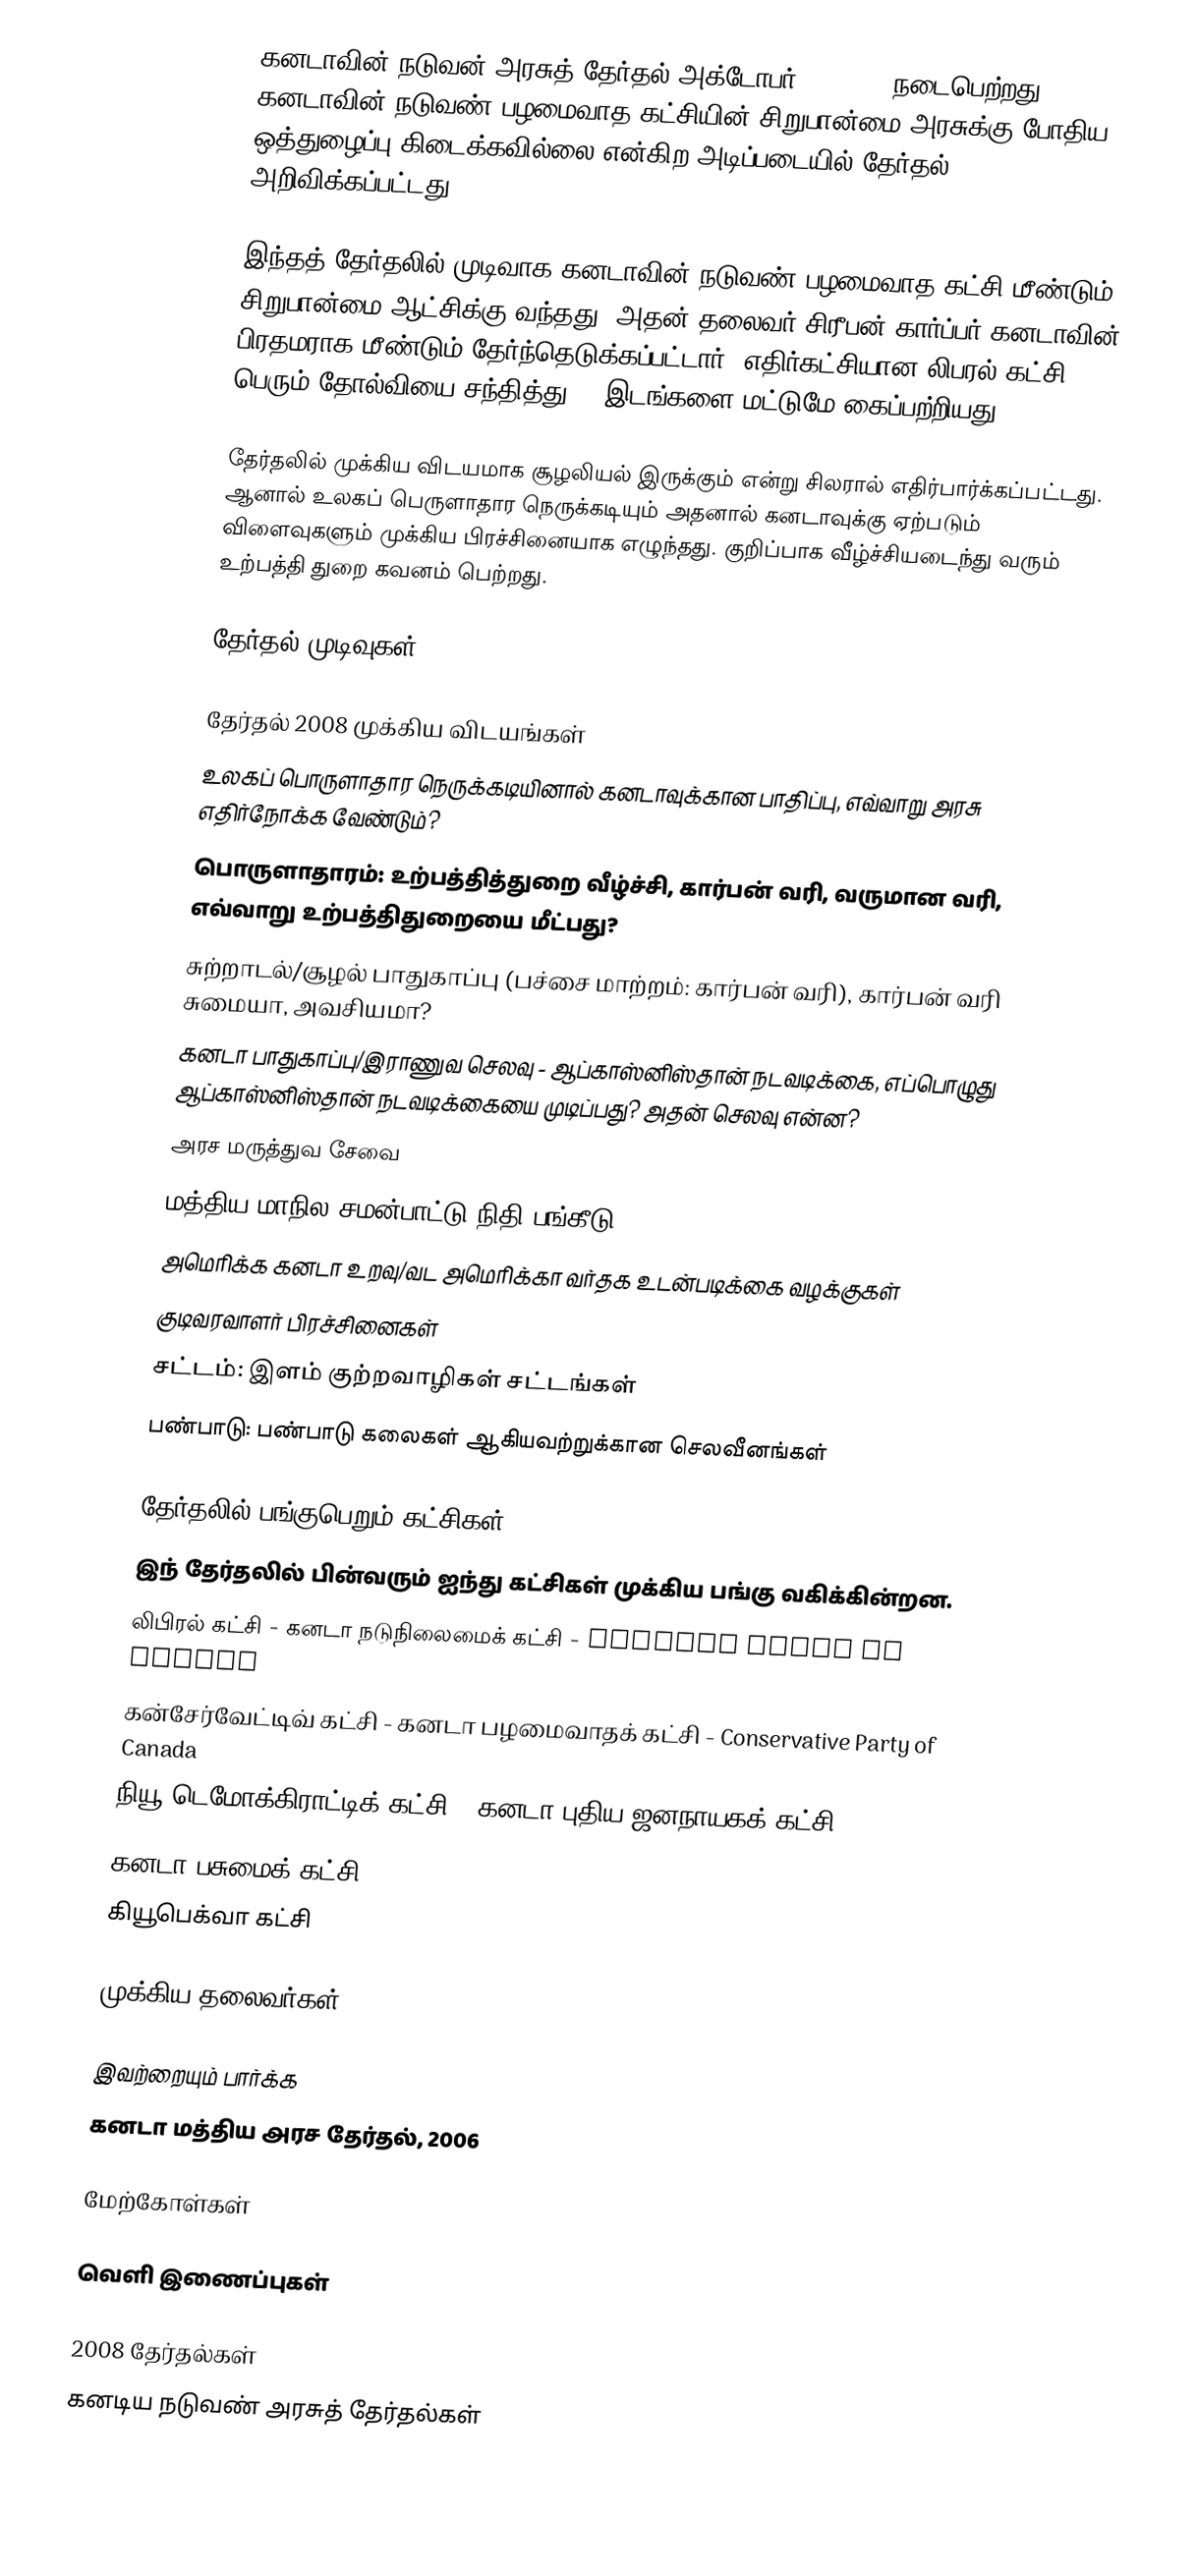
கனடாவின் நடுவன் அரசுத் தேர்தல் அக்டோபர் 14, 2008 நடைபெற்றது. கனடாவின் நடுவண் பழமைவாத கட்சியின் சிறுபான்மை அரசுக்கு போதிய ஒத்துழைப்பு கிடைக்கவில்லை என்கிற அடிப்படையில் தேர்தல் அறிவிக்கப்பட்டது.

இந்தத் தேர்தலில் முடிவாக கனடாவின் நடுவண் பழமைவாத கட்சி மீண்டும் சிறுபான்மை ஆட்சிக்கு வந்தது. அதன் தலைவர் சிரீபன் கார்ப்பர் கனடாவின் பிரதமராக மீண்டும் தேர்ந்தெடுக்கப்பட்டார். எதிர்கட்சியான லிபரல் கட்சி பெரும் தோல்வியை சந்தித்து 76 இடங்களை மட்டுமே கைப்பற்றியது.

தேர்தலில் முக்கிய விடயமாக சூழலியல் இருக்கும் என்று சிலரால் எதிர்பார்க்கப்பட்டது. ஆனால் உலகப் பெருளாதார நெருக்கடியும் அதனால் கனடாவுக்கு ஏற்படும் விளைவுகளும் முக்கிய பிரச்சினையாக எழுந்தது. குறிப்பாக வீழ்ச்சியடைந்து வரும் உற்பத்தி துறை கவனம் பெற்றது.

தேர்தல் முடிவுகள்

தேர்தல் 2008 முக்கிய விடயங்கள்
 உலகப் பொருளாதார நெருக்கடியினால் கனடாவுக்கான பாதிப்பு, எவ்வாறு அரசு எதிர்நோக்க வேண்டும்?
 பொருளாதாரம்: உற்பத்தித்துறை வீழ்ச்சி, கார்பன் வரி, வருமான வரி, எவ்வாறு உற்பத்திதுறையை மீட்பது?
 சுற்றாடல்/சூழல் பாதுகாப்பு (பச்சை மாற்றம்: கார்பன் வரி), கார்பன் வரி சுமையா, அவசியமா?
 கனடா பாதுகாப்பு/இராணுவ செலவு - ஆப்காஸ்னிஸ்தான் நடவடிக்கை, எப்பொழுது ஆப்காஸ்னிஸ்தான் நடவடிக்கையை முடிப்பது? அதன் செலவு என்ன?
 அரச மருத்துவ சேவை
 மத்திய மாநில சமன்பாட்டு நிதி பங்கீடு
 அமெரிக்க கனடா உறவு/வட அமெரிக்கா வர்தக உடன்படிக்கை வழக்குகள்
 குடிவரவாளர் பிரச்சினைகள்
 சட்டம்: இளம் குற்றவாழிகள் சட்டங்கள்
 பண்பாடு: பண்பாடு கலைகள் ஆகியவற்றுக்கான செலவீனங்கள்

தேர்தலில் பங்குபெறும் கட்சிகள்
இந் தேர்தலில் பின்வரும் ஐந்து கட்சிகள் முக்கிய பங்கு வகிக்கின்றன.
 லிபிரல் கட்சி - கனடா நடுநிலைமைக் கட்சி - Liberal Party of Canada
 கன்சேர்வேட்டிவ் கட்சி - கனடா பழமைவாதக் கட்சி - Conservative Party of Canada
 நியூ டெமோக்கிராட்டிக் கட்சி - கனடா புதிய ஜனநாயகக் கட்சி - New Democratic Party (Canada)
 கனடா பசுமைக் கட்சி
 கியூபெக்வா கட்சி

முக்கிய தலைவர்கள்

இவற்றையும் பார்க்க
 கனடா மத்திய அரச தேர்தல், 2006

மேற்கோள்கள்

வெளி இணைப்புகள்

2008 தேர்தல்கள்
கனடிய நடுவண் அரசுத் தேர்தல்கள்